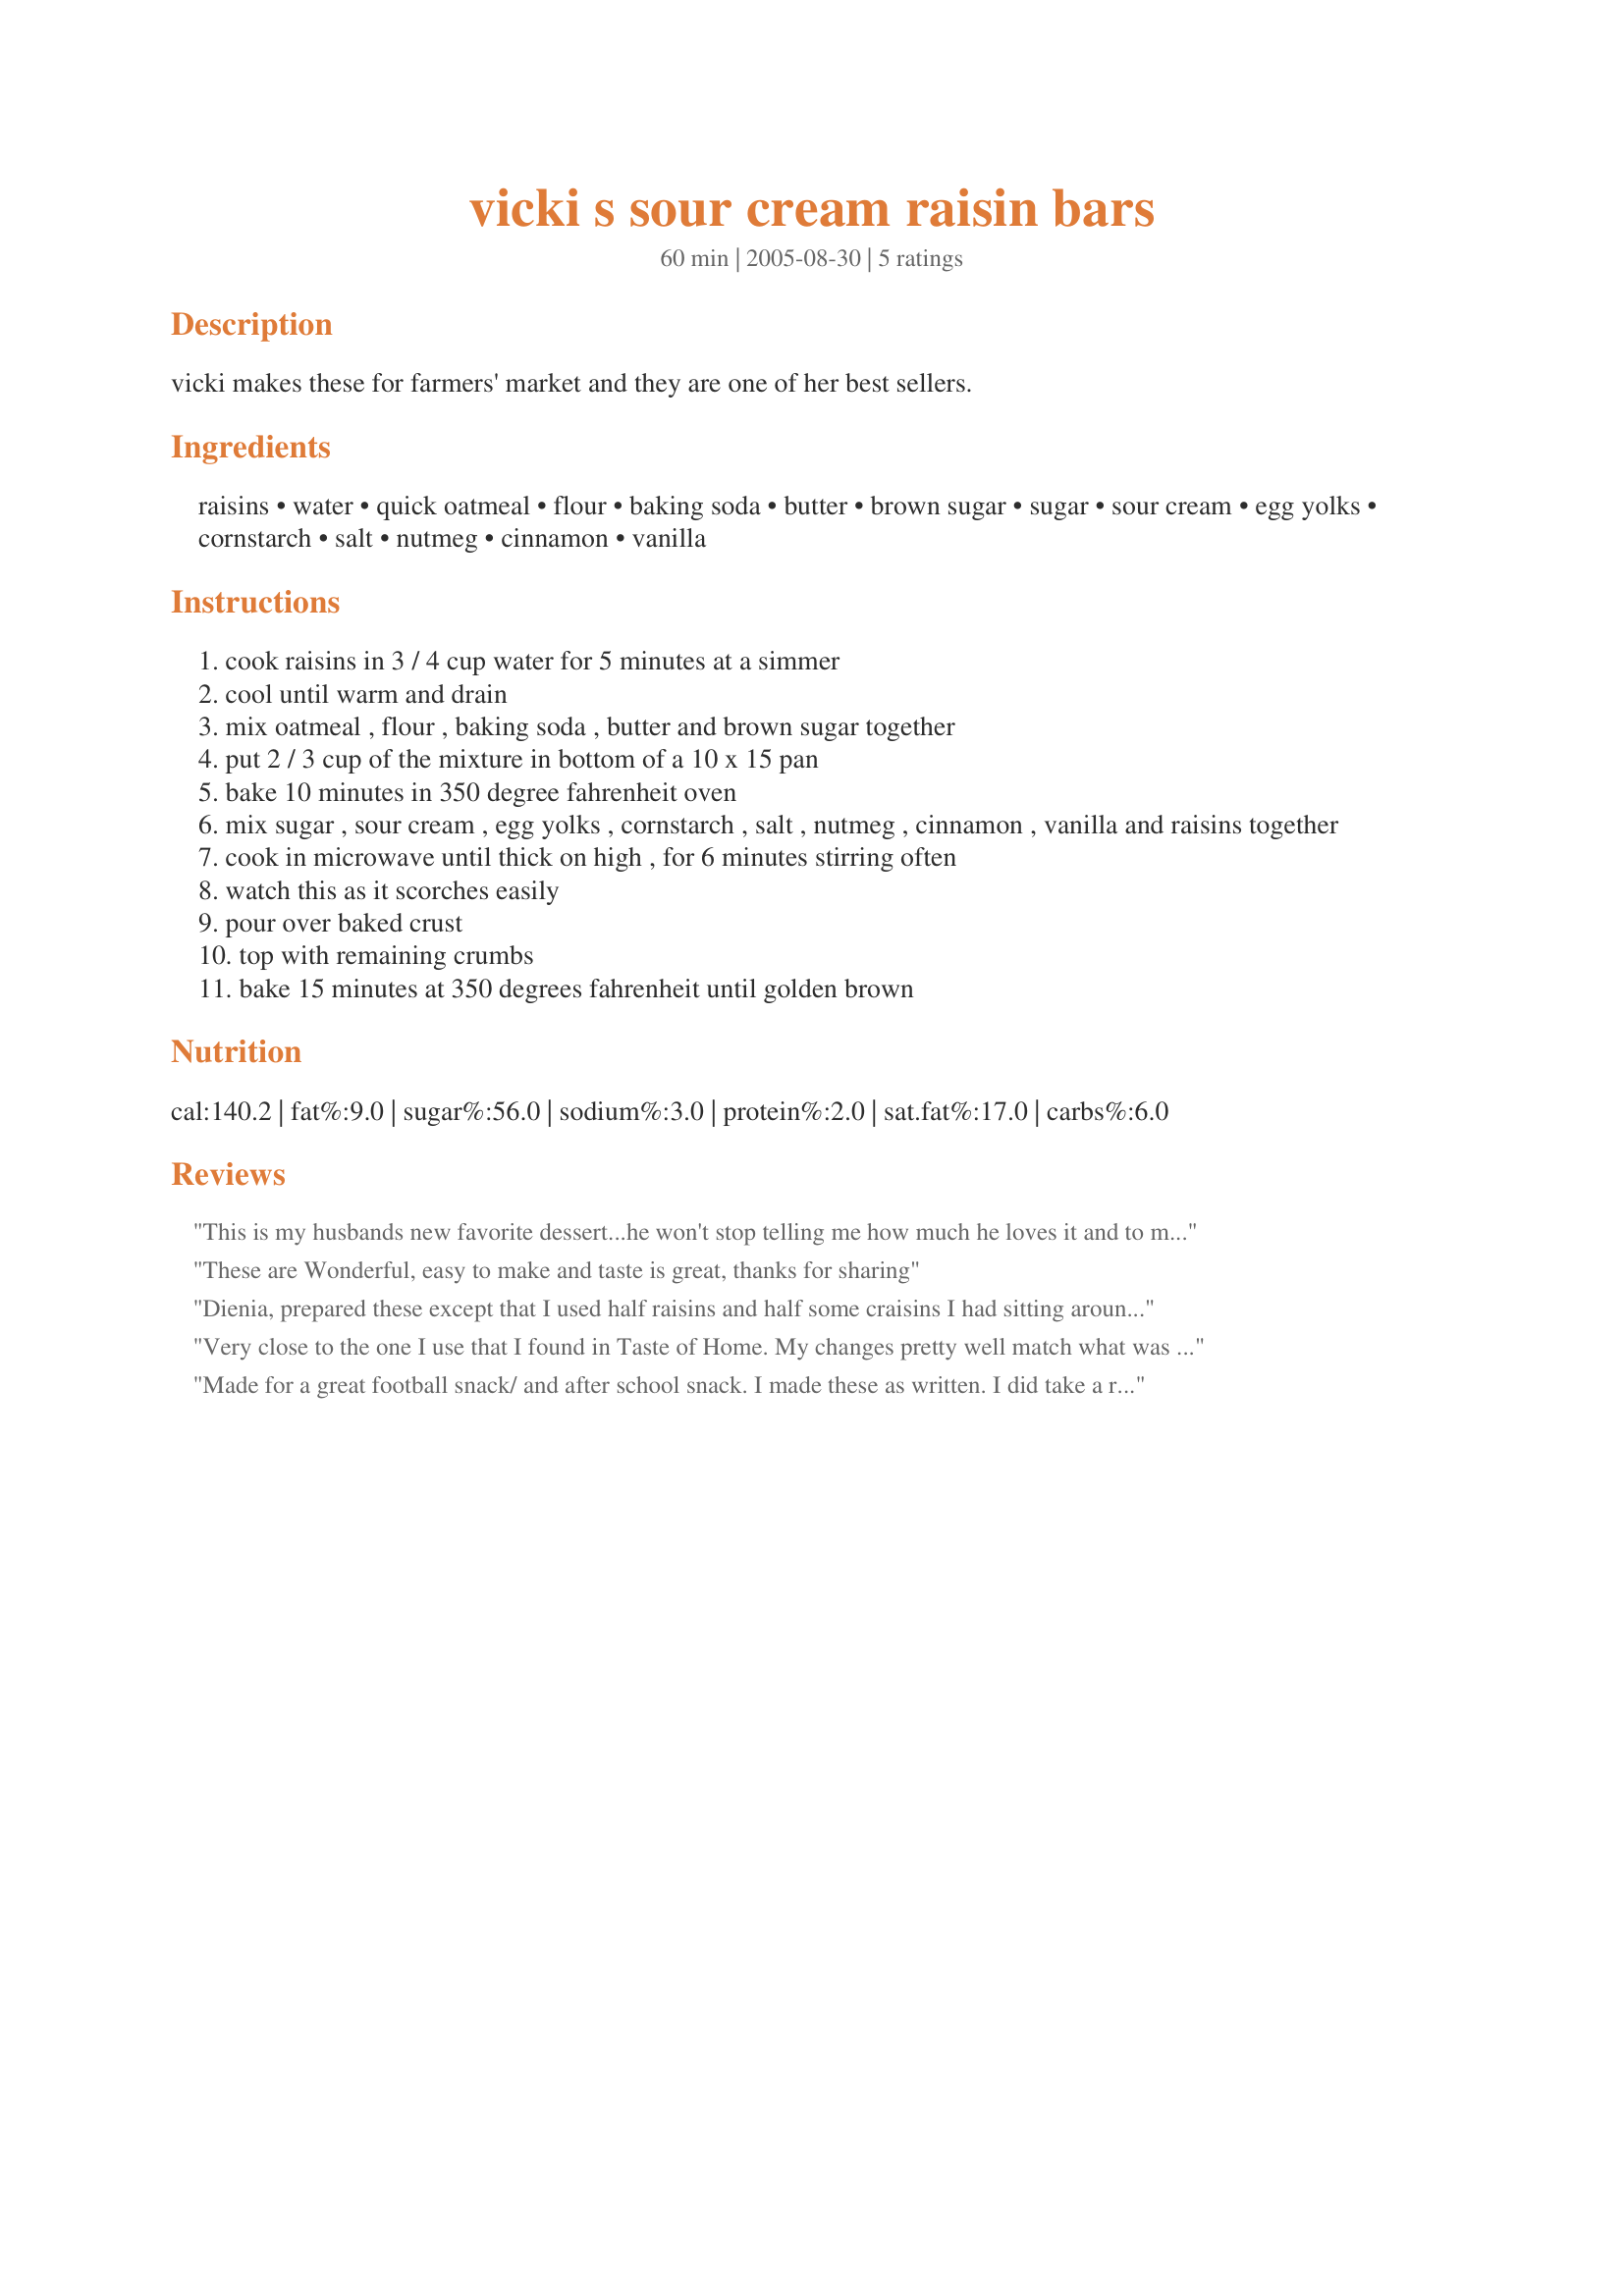
vicki s sour cream raisin bars
Preparation time: 60 minutes

vicki makes these for farmers' market and they are one of her best sellers.

Ingredients:
raisins, water, quick oatmeal, flour, baking soda, butter, brown sugar, sugar, sour cream, egg yolks, cornstarch, salt, nutmeg, cinnamon, vanilla

Steps:
cook raisins in 3 / 4 cup water for 5 minutes at a simmer
cool until warm and drain
mix oatmeal , flour , baking soda , butter and brown sugar together
put 2 / 3 cup of the mixture in bottom of a 10 x 15 pan
bake 10 minutes in 350 degree fahrenheit oven
mix sugar , sour cream , egg yolks , cornstarch , salt , nutmeg , cinnamon , vanilla and raisins together
cook in microwave until thick on high , for 6 minutes stirring often
watch this as it scorches easily
pour over baked crust
top with remaining crumbs
bake 15 minutes at 350 degrees fahrenheit until golden brown

Reviews:
This is my husbands new favorite dessert...he won't stop telling me how much he loves it and to make sure to give it a 5 star rating...this is very unusual for him...usually desserts are just "okay" with him. I've only made one other similar pie recipe and with both I had trouble knowing when the sour cream mixture was done...it didn't seem thick enough in both cases...I microwaved this an extra 4 minutes...and I stirred it every 1-2 minutes. All in all it turned out good as my husband loves it...I found it very sweet but nice. I put 1/2 tsp each of cinnamon and nutmeg in the crumb mix and doubled them in the sour cream mix. Thank you so much for this keeper recipe Dienia B. Made for 1-2-3 hit wonders game.
These are Wonderful, easy to make and taste is great, thanks for sharing
Dienia, prepared these except that I used half raisins and half some craisins I had sitting around to be used up. Wow, this is one very rich and moist dessert. Add a tad bit of ice cream and we are in heaven. Thank You for sharing this wonderful recipe.
Very close to the one I use that I found in Taste of Home. My changes pretty well match what was written in this recipe - A very good recipe. lady asked me to make a batch just for her family thanksgiving dinner and have given out recipe to others.
Made for a great football snack/ and after school snack. I made these as written. I did take a reviewers note and added a dash of vanilla ice cream, with these. Very nice as warm, and even better leftovers too. Made for Gimme 5.
